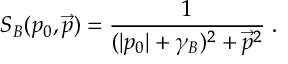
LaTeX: S _ { B } ( p _ { 0 } , \vec { p } ) = \frac { 1 } { ( | p _ { 0 } | + \gamma _ { B } ) ^ { 2 } + \vec { p } ^ { 2 } } \; .